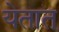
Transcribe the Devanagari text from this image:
येतात्